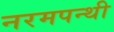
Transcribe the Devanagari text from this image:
नरमपन्थी